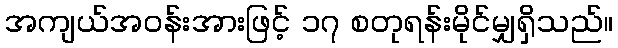
အကျယ်အဝန်းအားဖြင့် ၁၇ စတုရန်းမိုင်မျှရှိသည်။